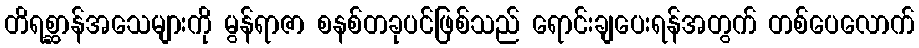
တိရစ္ဆာန်အသေများကို မွန်ရာဇာ စနစ်တခုပင်ဖြစ်သည် ရောင်းချပေးရန်အတွက် တစ်ပေလောက်